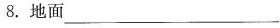
8.地面 _______________